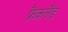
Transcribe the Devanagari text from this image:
फ़्रैंकलैंड